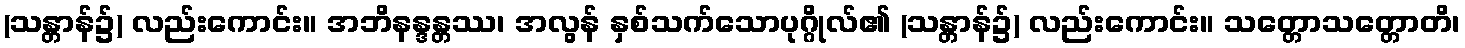
(သန္တာန်၌) လည်းကောင်း။ အဘိနန္ဒန္တဿ၊ အလွန် နှစ်သက်သောပုဂ္ဂိုလ်၏ (သန္တာန်၌) လည်းကောင်း။ သတ္တောသတ္တောတိ၊